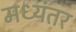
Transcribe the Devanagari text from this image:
मध्‍यंतर